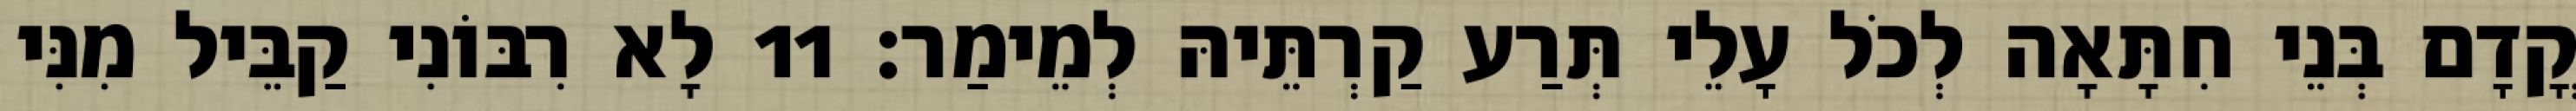
קֳדָם בְּנֵי חִתָּאָה לְכֹל עָלֵי תְּרַע קַרְתֵּיהּ לְמֵימַר׃ 11 לָא רִבּוֹנִי קַבֵּיל מִנִּי